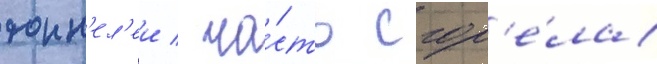
тонн'ел'еи / ча́сть сгор'е́ла